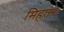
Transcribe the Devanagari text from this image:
मिहतर